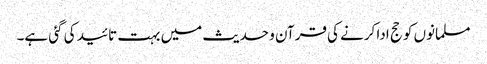
مسلمانوں کو حج ادا کرنے کی قرآن و حدیث میں بہت تائید کی گئی ہے۔